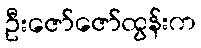
ဦးဇော်ဇော်ထွန်းက